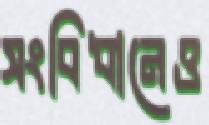
সংবিধানেও